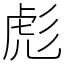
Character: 彪